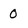
Character: 0